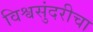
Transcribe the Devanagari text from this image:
विश्वसुंदरीचा